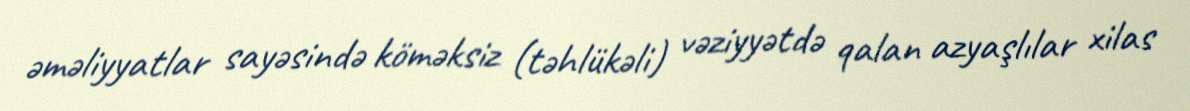
əməliyyatlar sayəsində köməksiz (təhlükəli) vəziyyətdə qalan azyaşlılar xilas